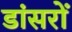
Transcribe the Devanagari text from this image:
डांसरों